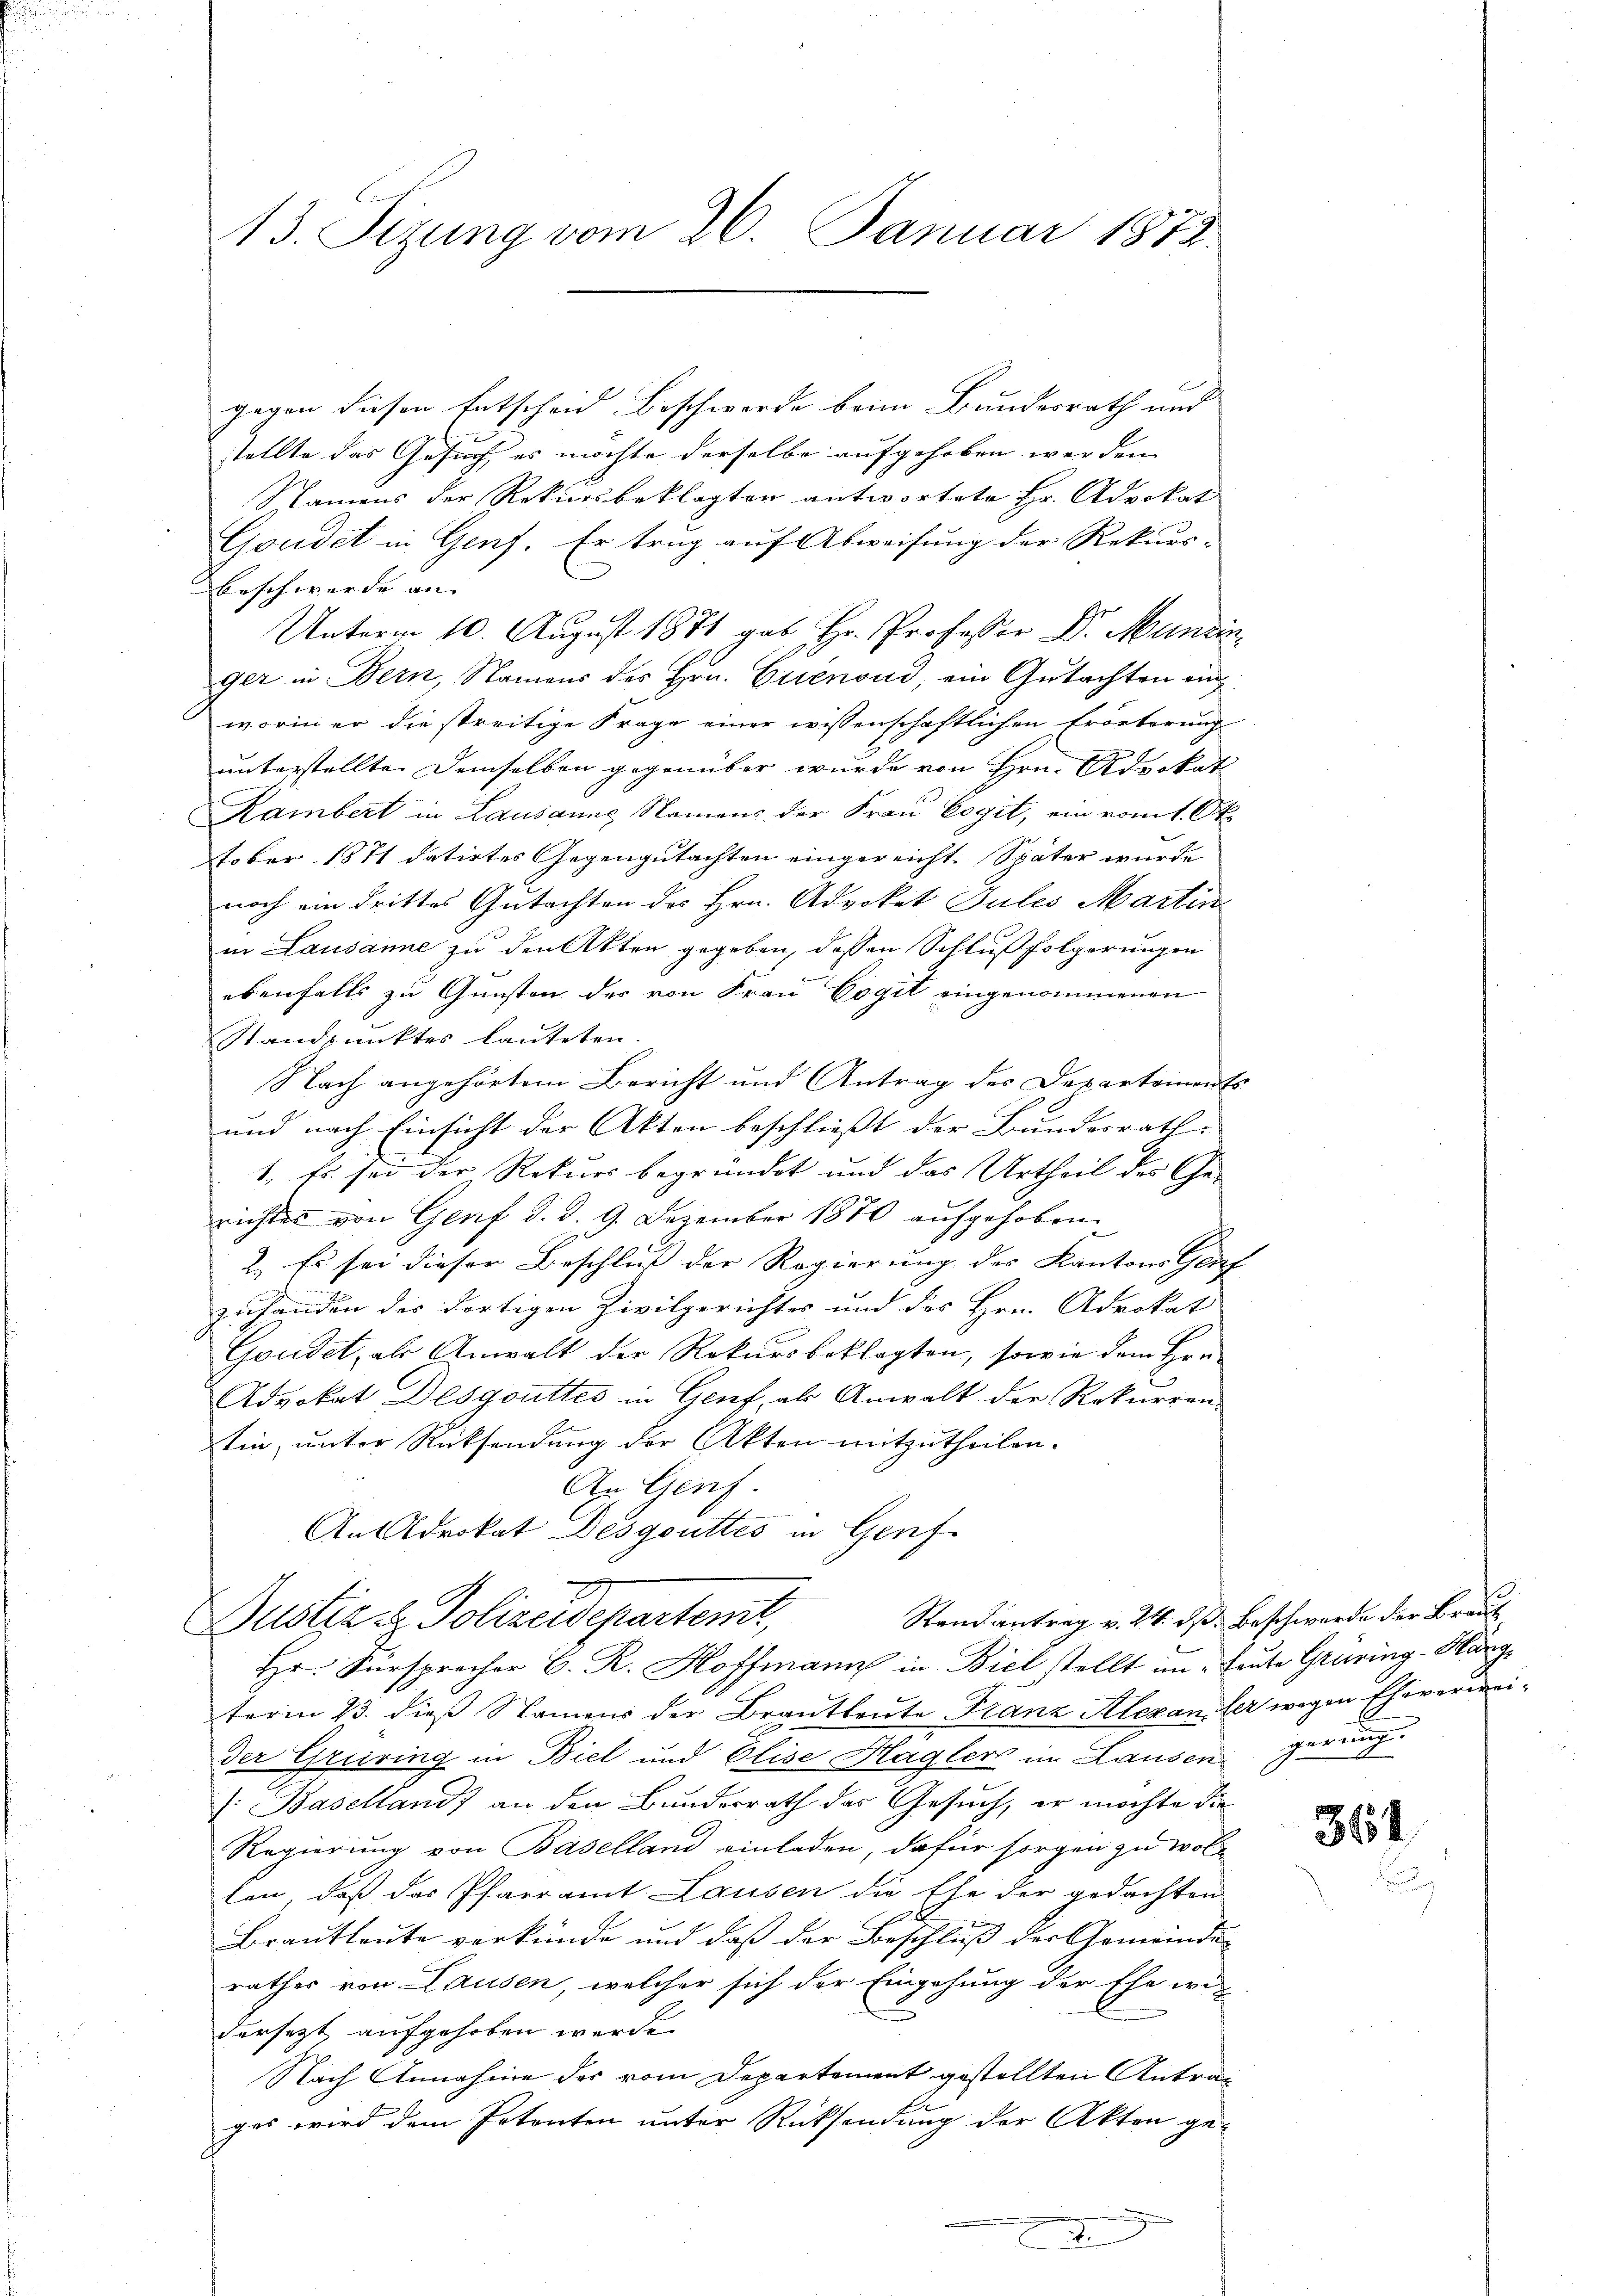
13. Sizung vom 26. Januar 1872.

gegen diesen Entscheid, Beschwerde beim Bundesrath und
sollte das Gesuch, es möchte derselbe aufgehoben werden |
Namens der Rekursbeklagten antwortete Hr. Advokat
Goudet in Genf. Er trag auf Abweisung der Rekurs-
Beschwerde an |
Unterm 10. August 1871 gab Hr. Professor Dr. Munzin
ger in Bern, Namens des Hrn. Grenoud, ein Gutachten einworin er die streitige Frage einer wissenschaftlichen Erörterung
unterstellte demselben gegenüber wurde von Hrn. Advokat
Rambert in Lausanne Namens der Frau Cogit, ein vom 1. Ok
tober 1871 datirtes Gegengutachten eingereicht. Später wurde
noch ein drittes Gutachten des Hrn. Advokat Julis Martin
in Lausanne zu den Akten gegeben, dessen Schlußfolgerungen
ebenfalls zu Gunsten des von Frau Cogit eingenommenen
Standpunktes lauteten.
Nach angehörtem Bericht und Antrag des Departement
und nach Einsicht der Akten beschließt der Bundesrath
1. Es sei der Rekurs begründet und das Urtheil des Ge-
richtes von Genf d. d. 9. Dezember 1870 aŭfgehoben.
2.) Es sei dieser Beschluß der Regierung des Kantons Gli
zuhanden der dortigen Zivilgerichtes und des Hrn. Advokat
Gondet, als Anwalt der Rekursbeklagten, sowie dem Hrn.
Advokat Desgouttes in Genf, als Anwalt der Rekurren-
tin, unter Rücksendung der Akten mitzutheilen.
An Genf.
An Advokat Desgouttes in Genf
Randantrag v. 24. ds. Beschwerde der Braut
Dustiz & Polizeideparteme,
Hr. Fürsprecher C. R. Hoffmann in Biel stellt im Leute Grüring-Kängterm 23. dieß Namens der Brautleute Franz Alexan, der wegen Eheverweider Gruiring in Biel und Elise Hagler im Lausen gerung
: Baselland) an den Bundesrath das Gesuch, er möchte die
Regierung von Baselland einladen, dafür sorgen zu woll
len, daß das Pfarramt Lausen die Ehe der gedachten
Brautleute verkünde und daß der Beschluß der Gemeinderathes von Lausen, welcher sich der Eingehung der Ehe wi
dersezt aufgehoben werde.
Nach Annahme des vom Departement gestellten Antrag
ges wird dem Petenten unter Rücksendung der Akten ge-
2

364